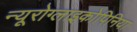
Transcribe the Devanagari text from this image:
न्यूरोग्लाइकोपिनिया